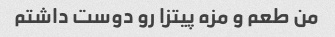
من طعم و مزه پیتزا رو دوست داشتم